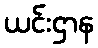
ယင်းဌာန